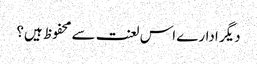
دیگر ادارے اس لعنت سے محفوظ ہیں؟